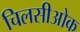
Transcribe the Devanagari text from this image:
चिलसीओक